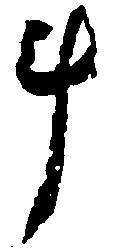
斗